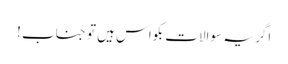
اگر یہ سوالات بکواس ہیں تو جناب !